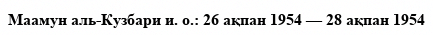
Маамун аль-Кузбари и. о.: 26 ақпан 1954 — 28 ақпан 1954